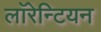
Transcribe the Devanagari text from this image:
लाॅरेन्टियन